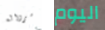
سرواله اليوم